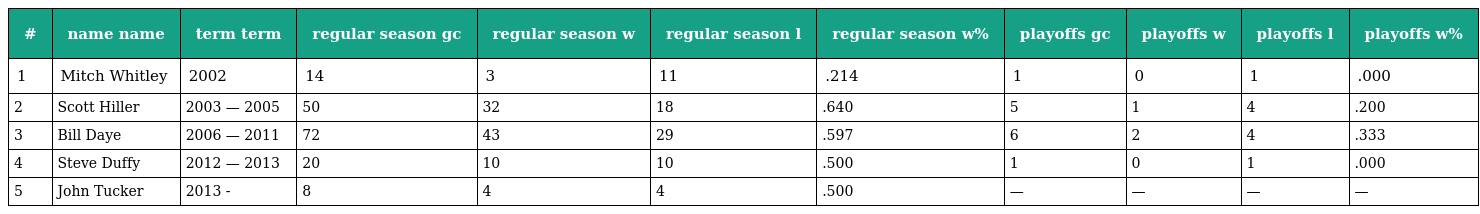
| # | name name | term term | regular season gc | regular season w | regular season l | regular season w% | playoffs gc | playoffs w | playoffs l | playoffs w% |
 | --- | --- | --- | --- | --- | --- | --- | --- | --- | --- | --- |
 | 1 | Mitch Whitley | 2002 | 14 | 3 | 11 | .214 | 1 | 0 | 1 | .000 |
 | 2 | Scott Hiller | 2003 — 2005 | 50 | 32 | 18 | .640 | 5 | 1 | 4 | .200 |
 | 3 | Bill Daye | 2006 — 2011 | 72 | 43 | 29 | .597 | 6 | 2 | 4 | .333 |
 | 4 | Steve Duffy | 2012 — 2013 | 20 | 10 | 10 | .500 | 1 | 0 | 1 | .000 |
 | 5 | John Tucker | 2013 - | 8 | 4 | 4 | .500 | — | — | — | — |